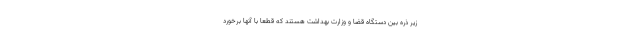
زیر ذره بین دستگاه قضا و وزارت بهداشت هستند که قطعا با آنها برخورد